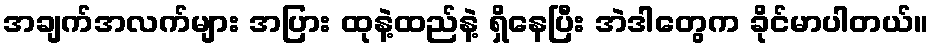
အချက်အလက်များ အပြား ထုနဲ့ထည်နဲ့ ရှိနေပြီး အဲဒါတွေက ခိုင်မာပါတယ်။